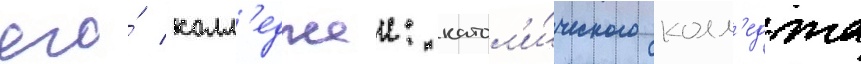
его́ колл'еджеи: катол'и́ческого колл'еджа